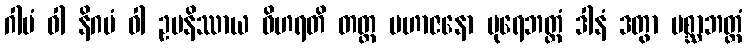
ဂါမံ ဝါ နိဂမံ ဝါ ဥပနိဿာယ ဝိဟရတိ တတ္ထ မဟာဇနော ပုရေဘတ္တံ ဒါနံ ဒတွာ ပစ္ဆာဘတ္တံ